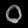
Digit: ၀